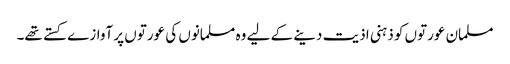
مسلمان عورتوں کو ذہنی اذیت دینے کے لیے وہ مسلمانوں کی عورتوں پر آوازے کستے تھے۔